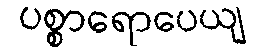
ပစ္စာရောပေယျ